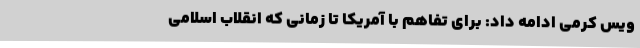
ویس کرمی ادامه داد: برای تفاهم با آمریکا تا زمانی که انقلاب اسلامی